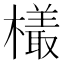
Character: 𬄿